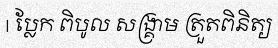
| ប្លែក ពិបូល សង្គ្រាម ត្រួតពិនិត្យ